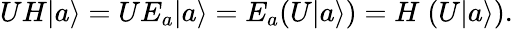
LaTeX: UH|a\rangle=UE_{a}|a\rangle=E_{a}(U|a\rangle)=H\; (U|a\rangle).